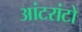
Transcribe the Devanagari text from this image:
आंटरांटो